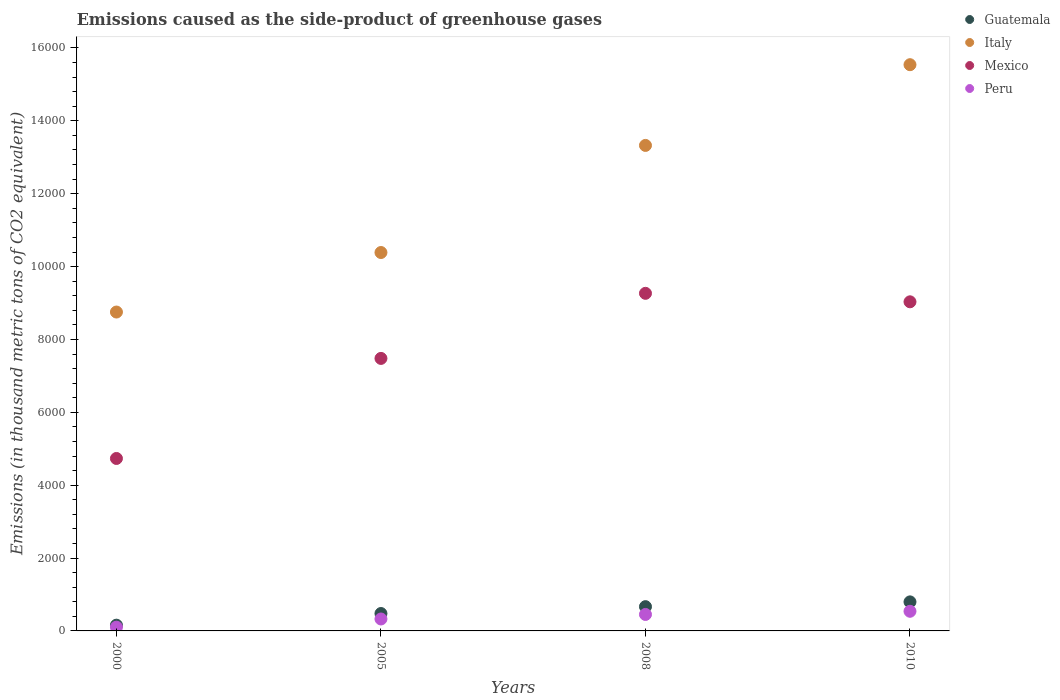
| Years | Guatemala | Italy | Mexico | Peru |
 | --- | --- | --- | --- | --- |
 | 2000 | 158 | 8.75e+03 | 4.73e+03 | 103 |
 | 2005 | 478 | 1.04e+04 | 7.48e+03 | 328 |
 | 2008 | 666 | 1.33e+04 | 9.27e+03 | 452 |
 | 2010 | 797 | 1.55e+04 | 9.03e+03 | 539 |